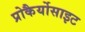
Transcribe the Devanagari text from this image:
प्रोकैर्योसाइट